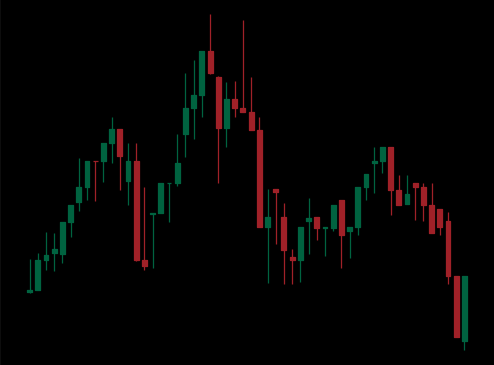
Pattern: head_shoulders